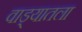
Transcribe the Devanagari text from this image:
वाड्यातला